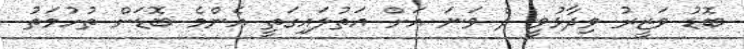
ބޮޑު ވަޒީރު ވިދާޅުވީ ދެ ވަނަ އަށް އަތުލައިގަތީ އެންމެ ބޮޑަށް ތުހުމަތު